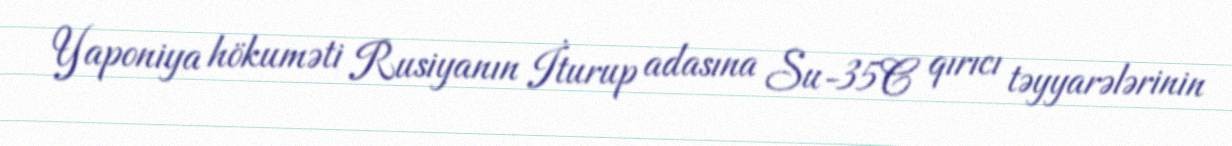
Yaponiya hökuməti Rusiyanın İturup adasına Su-35C qırıcı təyyarələrinin